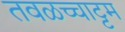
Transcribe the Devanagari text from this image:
तवळच्चाट्टम